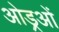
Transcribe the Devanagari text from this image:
ओड्रओं